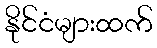
နိုင်ငံများထက်